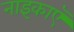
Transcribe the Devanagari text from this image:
नाइकाएँ